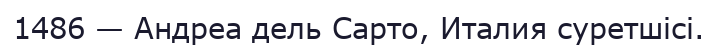
1486 — Андреа дель Сарто, Италия суретшісі.